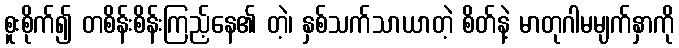
စူးစိုက်၍ တစိန်းစိန်းကြည့်နေ၏ တဲ့၊ နှစ်သက်သာယာတဲ့ စိတ်နဲ့ မာတုဂါမမျက်နှာကို